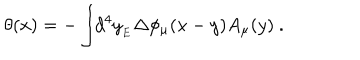
\theta ( x ) = - \int \! \! d ^ { 4 } y _ { _ { E } } \Delta \phi _ { \mu } ( x - y ) A _ { \mu } ( y ) \ .